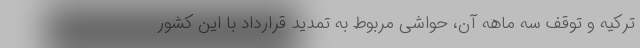
ترکیه و توقف سه ماهه آن، حواشی مربوط به تمدید قرارداد با این کشور